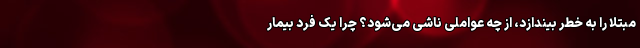
مبتلا را به خطر بیندازد، از چه عواملی ناشی می‌شود؟ چرا یک فرد بیمار